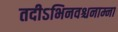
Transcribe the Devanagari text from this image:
तदीऽभिनवश्चनाम्ना